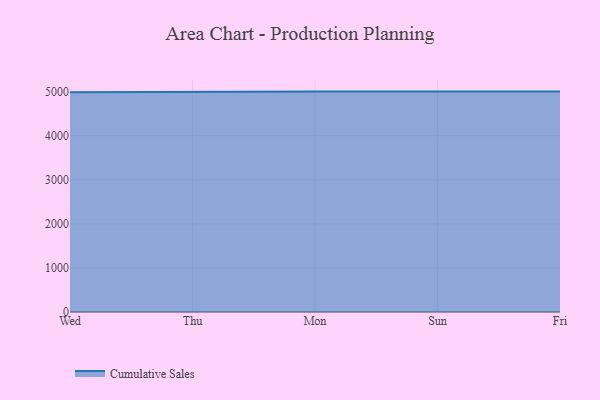
{"axis": {"x": "Day", "y": "LTV (USD)"}, "legend": ["Cumulative Sales"], "data": [{"x": "Wed", "y": 4986.4, "type": "Cumulative Sales"}, {"x": "Thu", "y": 5000, "type": "Cumulative Sales"}, {"x": "Mon", "y": 5000, "type": "Cumulative Sales"}, {"x": "Sun", "y": 5000, "type": "Cumulative Sales"}, {"x": "Fri", "y": 5000, "type": "Cumulative Sales"}]}